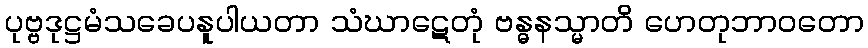
ပုဗ္ဗဒုဋ္ဌမံသခေပနူပါယတာ သံဃာဋေတုံ ဗန္ဓနသ္မာတိ ဟေတုဘာဝတော